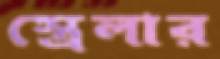
স্ত্রেলার